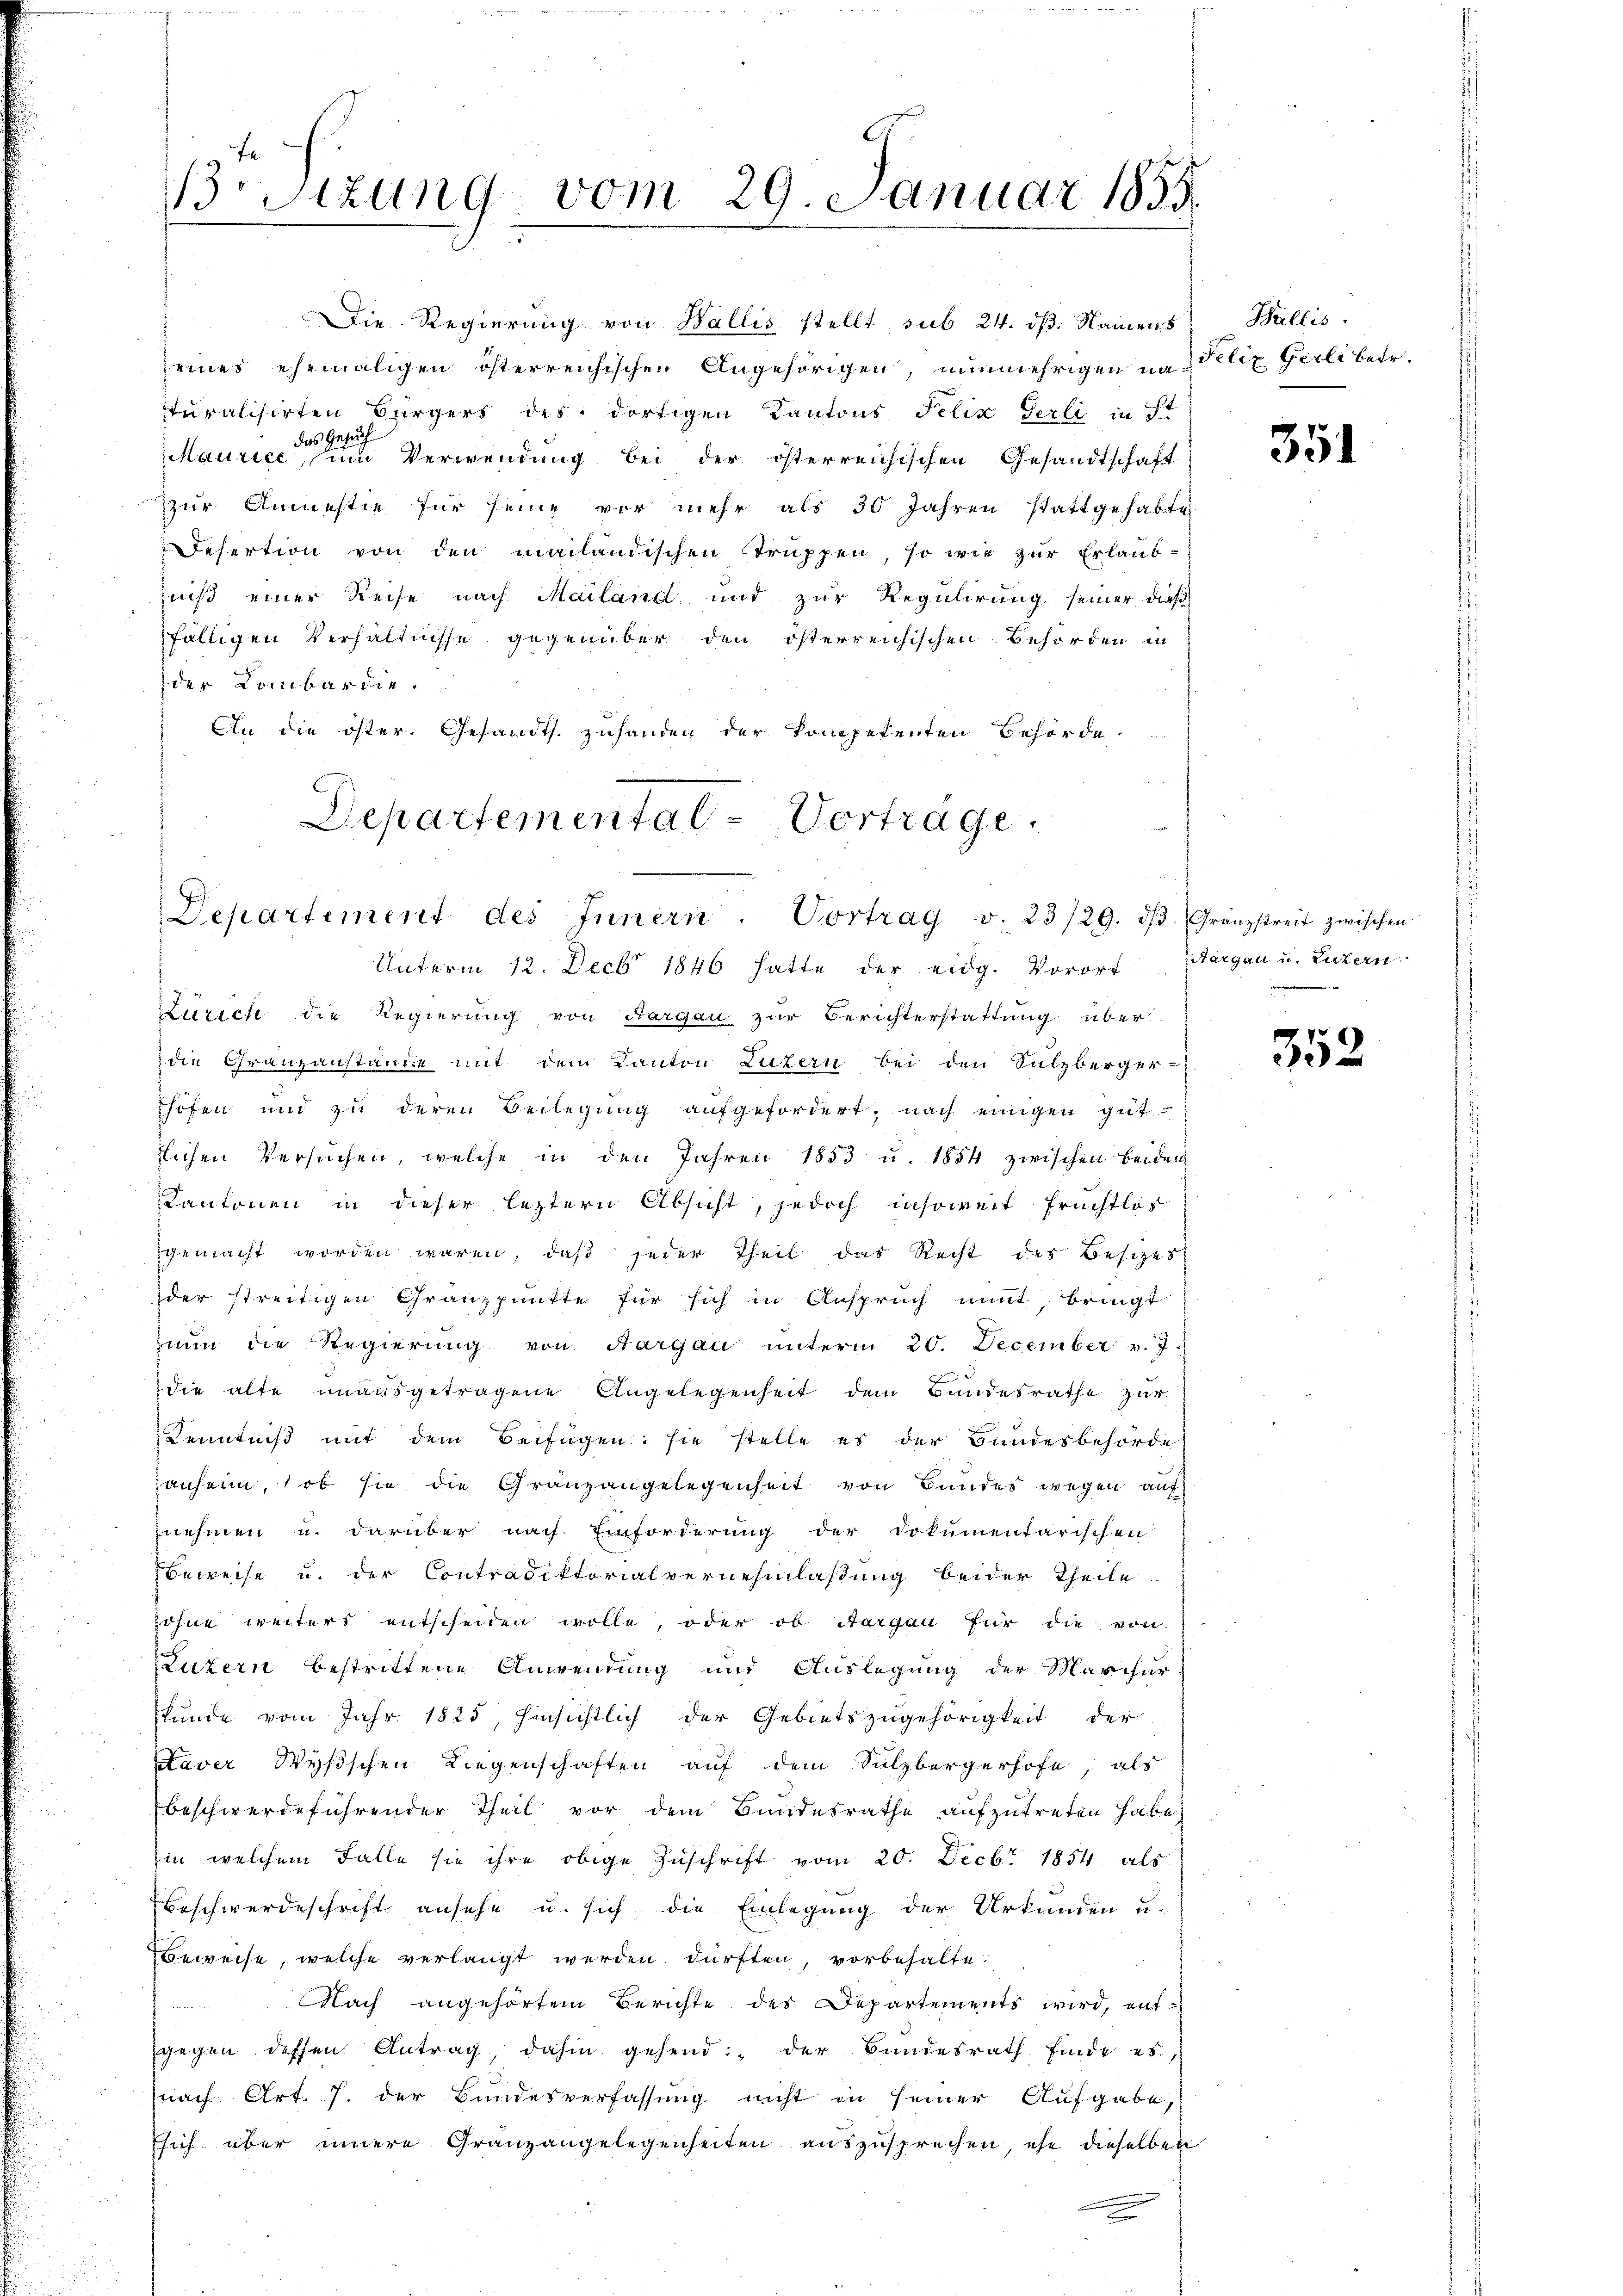
Bsizung vom 29. Januar 1859.

eines ehemaligen österreichischen Angehörigen, nunmehrigen na Felix Gerlibetr.
turalisirten Bürgers des dortigen Kantons Felix Gerli in St
das Gesuch
Maurice, zum Verwendung bei der österreichischen Gesandtschaft
zzur Anmestie für seine vor mehr als 30 Jahren stattgehabte
Desertion von den mailändischen Truppen, so wie zur Erlaubniß einer Reise nach Mailand und zur Regulirung seiner dies
fälligen Verhältnisse gegenüber den österreichischen Behörden in
der Lombardie.
An die öster. Gesandts. zuhanden der kompetenten Behörde
Departemental-Vortrage.

Die Regierung von Wallis stellt sub 24. dß. Namens

Departement des Innern. Vortrag v. 23/29. dβ. Gränzstreit zwischen

Unterm 12. Decbr 1846 hatte der eidg. Vorort
Zürich die Regierung von Aargau zur Berichterstattung über
die Granzanstände mit dem Kanton Luzern bei den Sulzberger-
höfen und zu deren Beilegŭng aŭfgefordert, nach einigen gŭt-
flichen Versŭchen, welche in den Jahren 1853 u. 1854 zwischen Beiden
Kantonen in dieser leztern Absicht, jedoch insoweit Früchtlos
gemacht worden wären, daß jeder Theil das Recht des Besizes
der streitigen Granzpunkte für sich in Anspruch nimt, bringt
nun die Regierung von Aargau unterm 20. December v. J.
die alte unausgetragene Angelegenheit dem Bundesrathe zur
Kenntniß mit dem Beifügen: sie stelle es der Bundesbehörde
anheim, ob sie die Granzangelegenheit von Bundes wegen auf
nehmen u. darüber nach Einforderung der Dokumentarischen
Beweise u. der Contradiktorialvernehmlassung beider Theile
söhne weiters entscheiden wolle, oder ob Aargau für die von
Luzern bestrittene Anwendung und Auslegung der Marchur
kunde vom Jahr 1825, hinsichtlich der Gebietszugehörigkeit der
Xaver Wysischen Liegenschaften auf dem Sulzbergerhofe, als
beschwerdeführender Theil vor dem Bundesrathe aufzutreten habe,
in welchem Falle sie ihre obige Zuschrift vom 20. Decbr 1854 als
Beschwerdeschrift ansehe u. sich die Einlegung der Urkunden u.
Beweise, welche verlangt werden dürften, vorbehalte.
Nach angehörtem Berichte des Departements wird, entgegen dessen Antrag, dahin gehend: der Bundesrath finde es,
nach Art. 7. der Bundesverfassung nicht in seiner Aufgabe,
sich über innere Granzangelegenheiten auszusprechen, ehe dieselben

Wallis.

351

Aargau u. Luzern

352